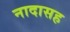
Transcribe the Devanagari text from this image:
नादासह